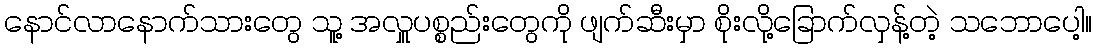
နောင်လာနောက်သားတွေ သူ့ အလှူပစ္စည်းတွေကို ဖျက်ဆီးမှာ စိုးလို့ခြောက်လှန့်တဲ့ သဘောပေါ့။